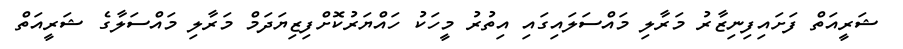
ޝަރީއަތް ފަށައިފިނިޒާރު މަރާލި މައްސަލައިގައި އިތުރު މީހަކު ހައްޔަރުކޮށްފިޒިޔަދަމް މަރާލި މައްސަލާގެ ޝަރީއަތް